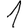
Digit: 1